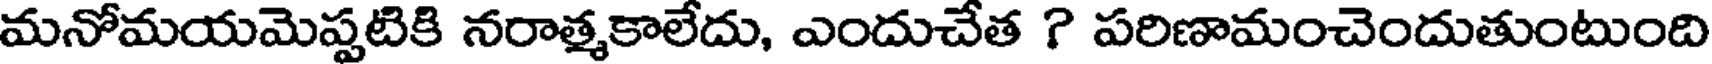
మనోమయమెప్పటికి నరాత్మకాలేదు, ఎందుచేత ? పరిణామంచెందుతుంటుంది